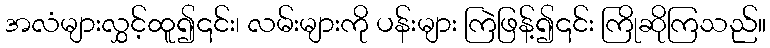
အလံများလွှင့်ထူ၍၎င်း၊ လမ်းများကို ပန်းများ ကြဲဖြန့်၍၎င်း ကြိုဆိုကြသည်။